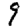
Digit: 9